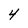
Character: 4